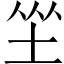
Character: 𱖦